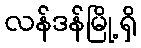
လန်ဒန်မြို့ရှိ